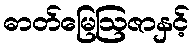
ဓာတ်မြေဩဇာနှင့်